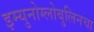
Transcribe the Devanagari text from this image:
इम्युनोग्लोबुलिनचा